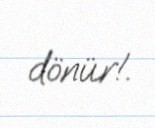
dönür!.